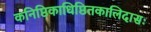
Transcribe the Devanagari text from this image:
कनिष्ठिकाधिष्ठितकालिदासः